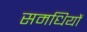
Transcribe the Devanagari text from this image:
समधियों